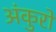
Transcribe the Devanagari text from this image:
अंकुरो